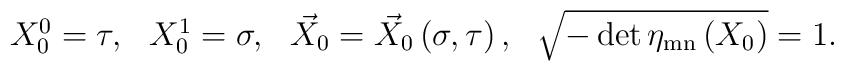
\begin{array}{cccc}X_0^0=\tau , & X_0^1=\sigma , & \vec X_0=\vec X_0\left( \sigma ,\tau \right), & \sqrt{-\det \eta _{{\rm mn}}\left( X_0\right) }=1.\end{array}